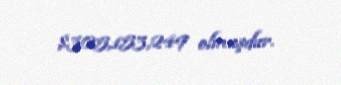
$305,153,249 olmuşdur.